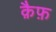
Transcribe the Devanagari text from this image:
क़ैफ़